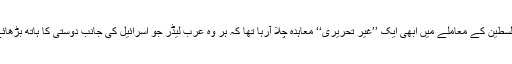
یہ وہ دور تھا جب عرب قوم کے درمیان فلسطین کے معاملے میں ابھی ایک ’’غیر تحریری‘‘ معاہدہ چلا آرہا تھا کہ ہر وہ عرب لیڈر جو اسرائیل کی جانب دوستی کا ہاتھ بڑھائے گا اسے اس کی قیمت ادا کرنا پڑے گی۔